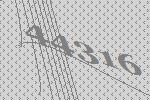
44316